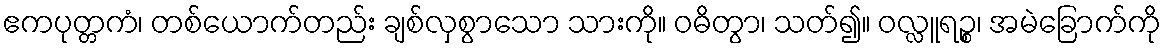
ဧကပုတ္တကံ၊ တစ်ယောက်တည်း ချစ်လှစွာသော သားကို။ ဝဓိတွာ၊ သတ်၍။ ဝလ္လူရဉ္စ၊ အမဲခြောက်ကို